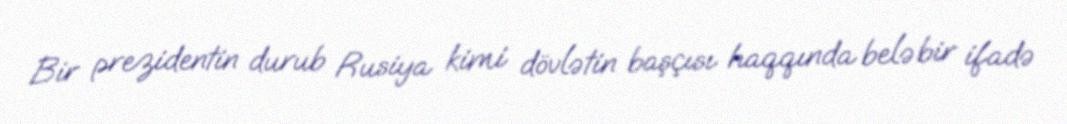
Bir prezidentin durub Rusiya kimi dövlətin başçısı haqqında belə bir ifadə